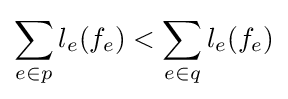
\sum _{e\in p}l_{e}(f_{e})<\sum _{e\in q}l_{e}(f_{e})